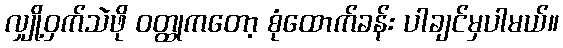
လျှို့ဝှက်သဲဖို ဝတ္ထုကတော့ စုံထောက်ခန်း ပါချင်မှပါမယ်။